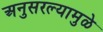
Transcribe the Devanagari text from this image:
अनुसरल्यामुळे